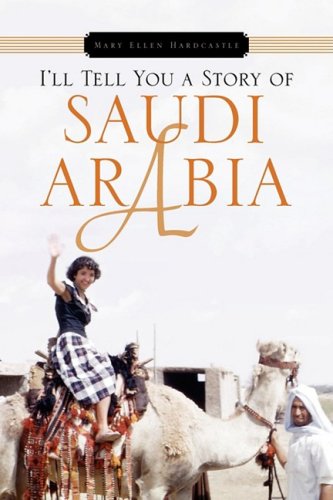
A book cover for I'll Tell You a Story of Saudi Arabia; Mary Ellen Hardcastle; Travel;